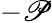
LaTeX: -\mathscr{P}